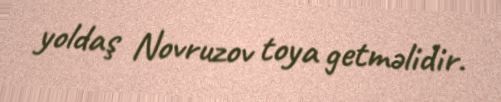
yoldaş Novruzov toya getməlidir.